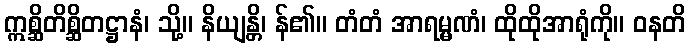
ဣစ္ဆိတိစ္ဆိတဋ္ဌာနံ၊ သို့။ နိယျန္တိ၊ န်၏။ တံတံ အာရမ္မဏံ၊ ထိုထိုအာရုံကို။ ဝနတိ